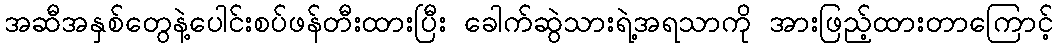
အဆီအနှစ်တွေနဲ့ပေါင်းစပ်ဖန်တီးထားပြီး ခေါက်ဆွဲသားရဲ့အရသာကို အားဖြည့်ထားတာကြောင့်